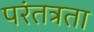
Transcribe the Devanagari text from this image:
परंतत्रता